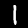
Label: 1